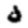
Digit: 0